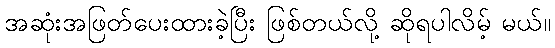
အဆုံးအဖြတ်ပေးထားခဲ့ပြီး ဖြစ်တယ်လို့ ဆိုရပါလိမ့် မယ်။